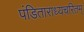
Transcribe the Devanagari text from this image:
पंडिताराध्यचरितम्